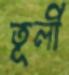
তূলী